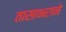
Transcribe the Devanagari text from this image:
तासाभराने